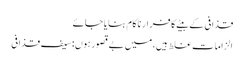
قذافی کے بیٹے کا فرار ناکام بنایا جائے
الزامات غلط ہیں،میں بےقصور ہوں:سیف قذافی